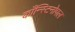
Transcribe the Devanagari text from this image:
काँन्स्टिनोपल